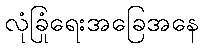
လုံခြုံရေးအခြေအနေ